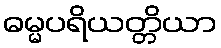
ဓမ္မပရိယတ္တိယာ